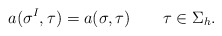
\begin{align*}a(\mathbf \sigma^I,\mathbf\tau) = a(\mathbf\sigma,\mathbf\tau)\qquad\mathbf\tau\in\Sigma_h.\end{align*}